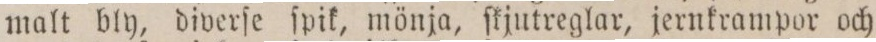
malt bly, diverſe ſpik, mönja, ſkjutreglar, jernkrampor och